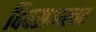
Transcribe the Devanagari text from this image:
दिवसअखेर